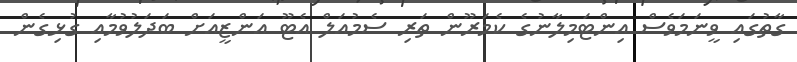
ގާތުގައި ވީނަމަވެސް އިންޓަމިލާނުގެ ކެމަރޫން ތަރި ސެމުއަލް އެޓޫ އަންޒީއަށް ބަދަލުވުމާއި ގުޅިގެން